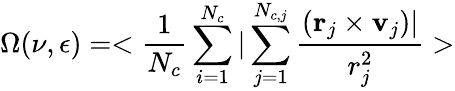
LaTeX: \Omega(\nu,\epsilon)=<\frac{1}{N_{c}}\sum_{i=1}^{N_{c}}|\sum_{j=1}^{N_{c,j}}\frac{(\textbf{r}_{j}\times\textbf{v}_{j})|}{r_{j}^{2}}>